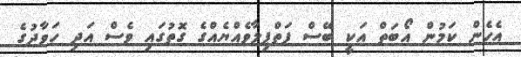
އެހެން ކަމުން އޯބަތް އަކީ ބޭސް ފަތްޕިލާވެއްޔެއްގެ ގޮތުގައި ވެސް އަދި ހަވާދުގެ